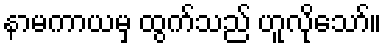
နာမကာယမှ ထွက်သည် ဟူလိုသော်။